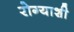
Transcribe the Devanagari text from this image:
रोग्याशी